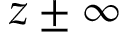
z \pm \infty